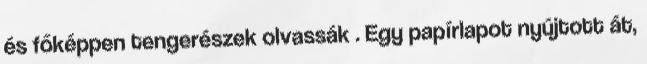
és főképpen tengerészek olvassák . Egy papírlapot nyújtott át,